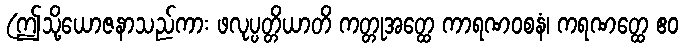
(ဤသို့ယောဇနာသည်ကား ဖလုပ္ပတ္တိယာတိ ကတ္တုအတ္ထေ ကာရဏဝစနံ၊ ကရဏတ္ထေ ဧဝ